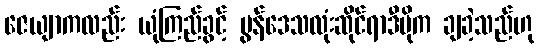
ဇေယျာကလည်း ယုံကြည်ခွင့် မွန်ဒေသလုံးဆိုင်ရာဒီမိုက ချခဲ့သည်ဟု